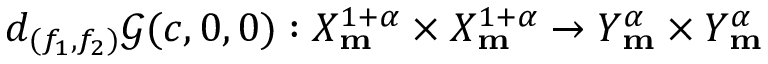
d _ { ( f _ { 1 } , f _ { 2 } ) } \mathscr { G } ( c , 0 , 0 ) : X _ { \mathbf { m } } ^ { 1 + \alpha } \times X _ { \mathbf { m } } ^ { 1 + \alpha } \rightarrow Y _ { \mathbf { m } } ^ { \alpha } \times Y _ { \mathbf { m } } ^ { \alpha }